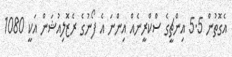
އެގޮތުން 5.5 އިންޗީގެ ސްކްރީނެއް އިންނަ އެ ފޯނުގެ ރެޒޮލިއުޝަން އަކީ 1080